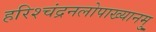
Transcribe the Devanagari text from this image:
हरिश्चंद्रनलोपाख्यानमु